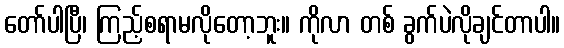
တော်ပါပြီ၊ ကြည့်စရာမလိုတော့ဘူး။ ကိုလာ တစ် ခွက်ပဲလိုချင်တာပါ။